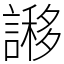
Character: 謻